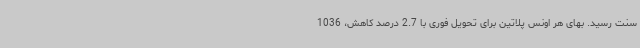
سنت رسید. بهای هر اونس پلاتین برای تحویل فوری با 2.7 درصد کاهش، 1036